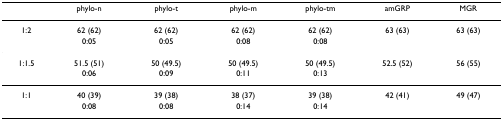
<table><thead><tr><td></td><td><b>phylo-n</b></td><td><b>phylo-t</b></td><td><b>phylo-m</b></td><td><b>phylo-tm</b></td><td><b>amGRP</b></td><td><b>MGR</b></td></tr></thead><tbody><tr><td>1:2</td><td>62 (62)</td><td>62 (62)</td><td>62 (62)</td><td>62 (62)</td><td>63 (63)</td><td>63 (63)</td></tr><tr><td></td><td>0:05</td><td>0:05</td><td>0:08</td><td>0:08</td><td></td><td></td></tr><tr><td>1:1.5</td><td>51.5 (51)</td><td>50 (49.5)</td><td>50 (49.5)</td><td>50 (49.5)</td><td>52.5 (52)</td><td>56 (55)</td></tr><tr><td></td><td>0:06</td><td>0:09</td><td>0:11</td><td>0:13</td><td></td><td></td></tr><tr><td>1:1</td><td>40 (39)</td><td>39 (38)</td><td>38 (37)</td><td>39 (38)</td><td>42 (41)</td><td>49 (47)</td></tr><tr><td></td><td>0:08</td><td>0:08</td><td>0:14</td><td>0:14</td><td></td><td></td></tr></tbody></table>